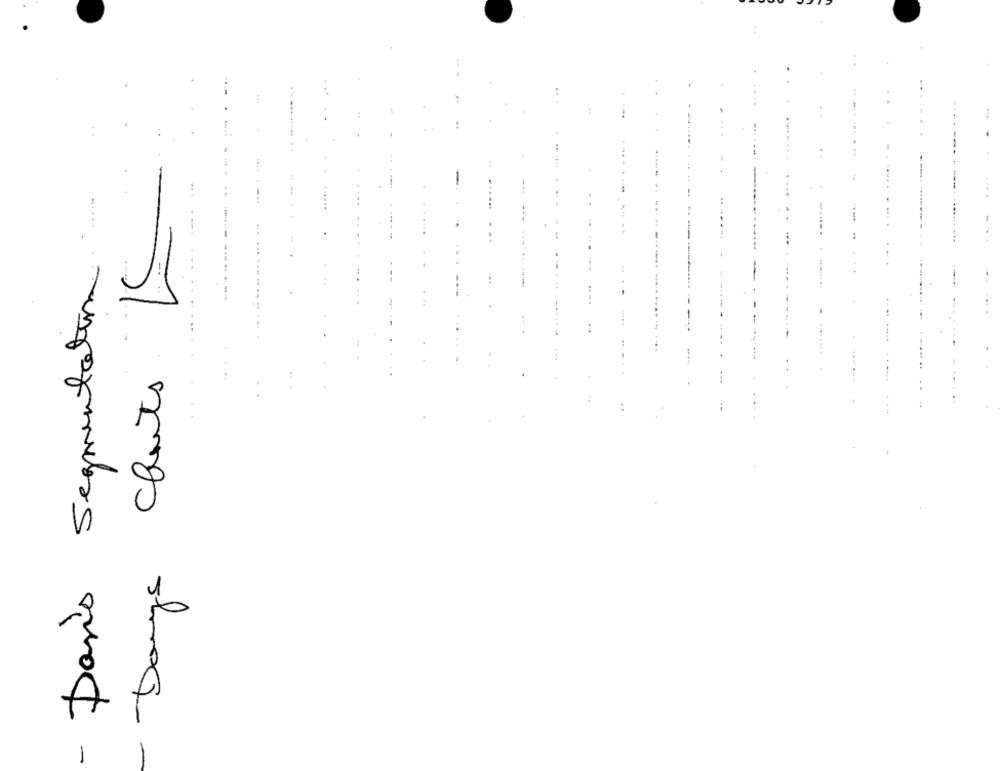
. ..
...
:
.....
...
... .....
....
- Dan's Segmentation
Danys Chats
---.
..
---
-
--.
----------
-